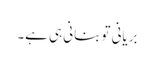
بریانی تو بنانی ہی ہے۔